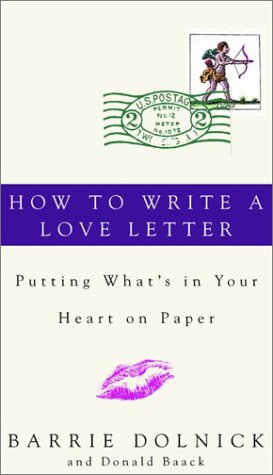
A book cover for How to Write a Love Letter: Putting What's in Your Heart on Paper; Barrie Dolnick; Romance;